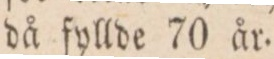
då fyllde 70 år.